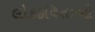
લોકકવિતાઓ